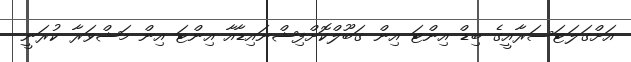
އަށްގަލަޓަސަރާއީގެ ބިޑް އިންޓަ އިން ގަބޫލްކޮށްފިޝްނައިޑާއާ އިންޓަ އިން މަޝްވަރާ ކުރަނީ